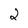
Character: 2